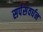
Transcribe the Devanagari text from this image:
सर्पसंवर्धन